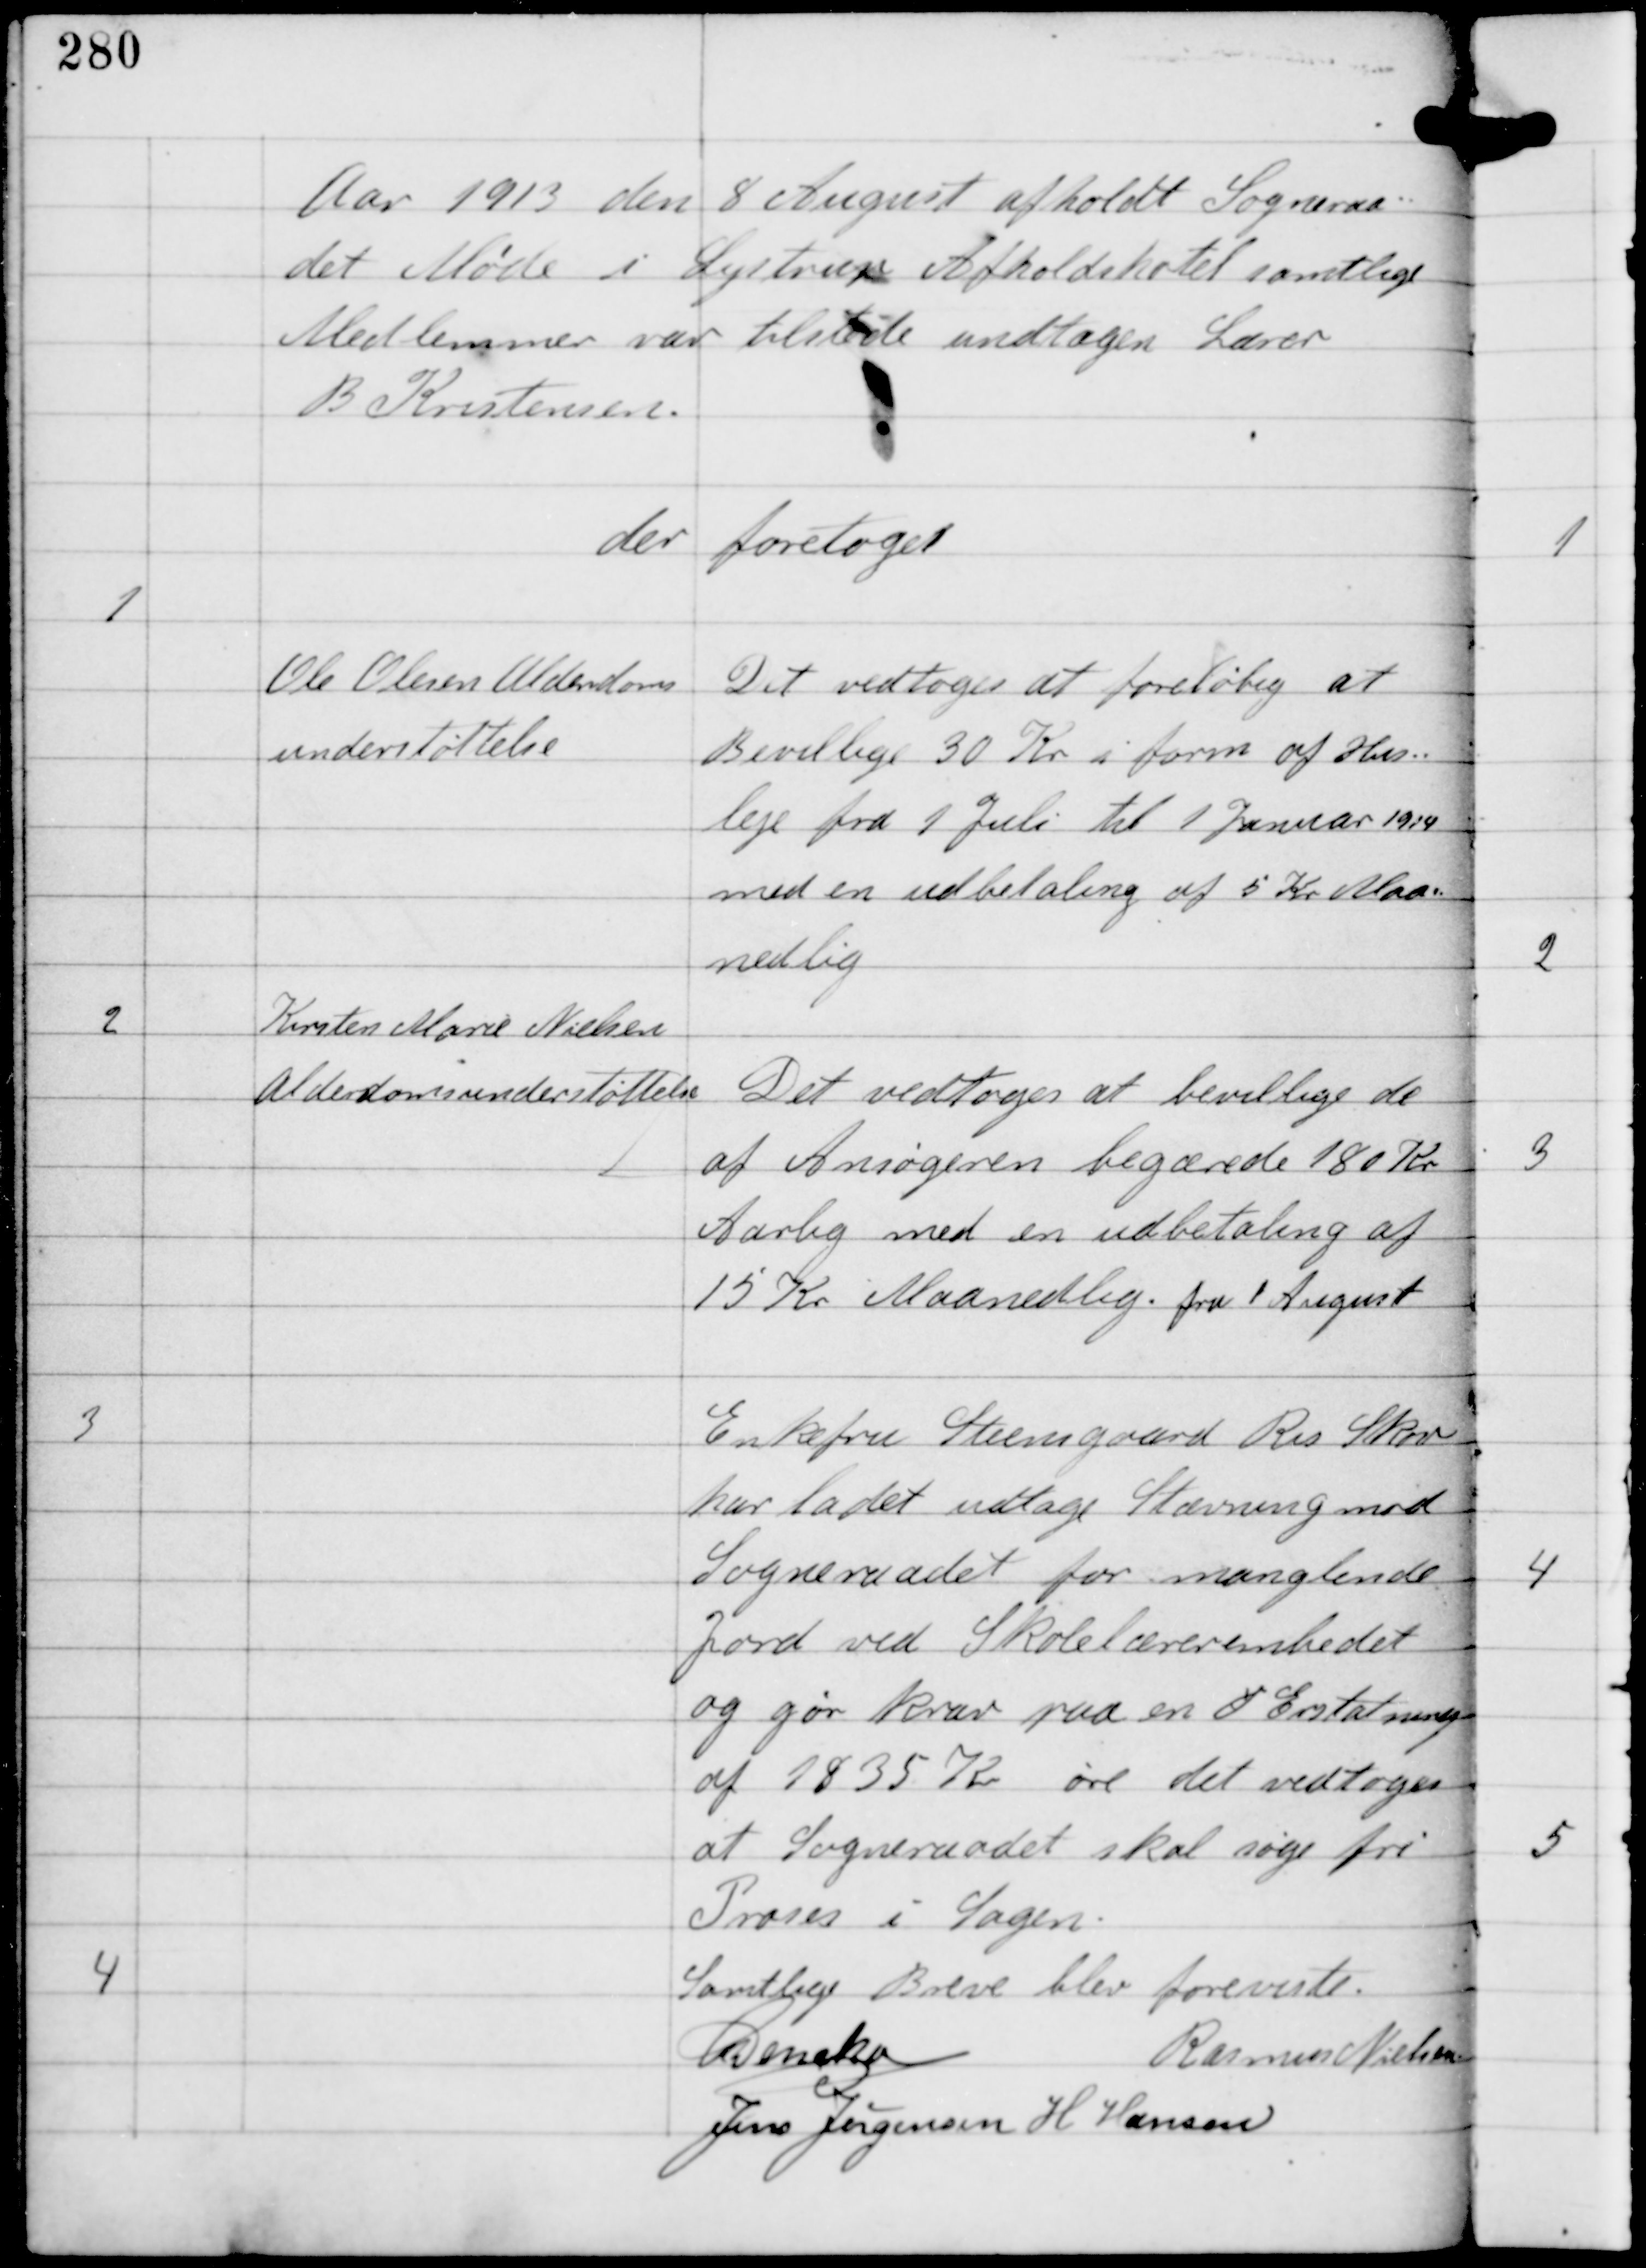
Transskription:
Aar 1913 den 8 August afholdt Sogneraa-
det Møde i Lystrup Afholdshotel samtlige
Medlemmer var tilstede undtagen Lærer
B Kristensen.

der foretoges

1

Ole Olesen Alderdoms
understøttelse

Det vedtoges at foreløbig at
Bevillige 30 Kr i form af Hus-
leje fra 1 Juli til 1 Januar 1914
med en udbetaling af 5 Kr Maa-
nedlig

2

Kirsten Marie Nielsen
Alderdomsunderstøttelse

Det vedtoges at bevillige de
af Ansøgeren begærede 180 Kr
Aarlig med en udbetaling af
15 Kr Maanedlig fra 1 August

3

Enkefru Steensgaard Ris Skov
har ladet udtage Stævning mod
Sogneraadet for manglende
Jord ved Skolelærerembedet
og gør krav paa en S Erstatning
af 1835 Kr øre det vedtoges
at Sogneraadet skal søge fri
Proces i Sagen.

4

Samtlige Breve blev foreviste.
C Dencker
Rasmus Nielsen
Jens Jørgensen H Hansen